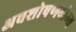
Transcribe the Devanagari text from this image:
अवशोषणयोग्य